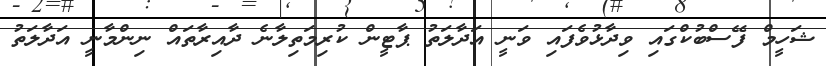
ޝަހީމް ފޭސްބުކްގައި ވިދާޅުވެފައި ވަނީ އަދާލަތު ޕާޓީން ކުރިމަތިލާނެ ދާއިރާތައް ނިންމާނީ އަދާލަތު